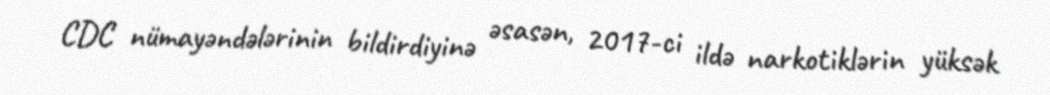
CDC nümayəndələrinin bildirdiyinə əsasən, 2017-ci ildə narkotiklərin yüksək